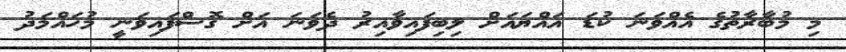
މި މުބާރާތުގެ އެއްވަނަ ކުޑަ އައްޔައަށް ލިބިފައިވާއިރު ދެވަނަ އަށް ގޮސްފައިވަނީ މުހައްމަދު